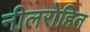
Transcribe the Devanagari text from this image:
नीलरोहित